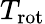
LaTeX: T_{\textrm{rot}}